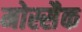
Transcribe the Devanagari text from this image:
मोस्सैक